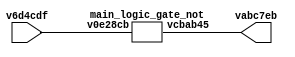
// Code generated by Icestudio 0.2.2-dev
// Sat, 05 Nov 2016 23:47:24 GMT

`default_nettype none

module main (input v6d4cdf,
             output vabc7eb);
 wire w0;
 wire w1;
 assign w0 = v6d4cdf;
 assign vabc7eb = w1;
 main_logic_gate_not vcfedf9 (
  .v0e28cb(w0),
  .vcbab45(w1)
 );
endmodule

module main_logic_gate_not (input v0e28cb,
                            output vcbab45);
 wire w0;
 wire w1;
 assign w0 = v0e28cb;
 assign vcbab45 = w1;
 main_logic_gate_not_basic_code_vd54ca1 vd54ca1 (
  .a(w0),
  .c(w1)
 );
endmodule

module main_logic_gate_not_basic_code_vd54ca1 (input a,
                                               output c);
 // NOT logic gate
 
 assign c = ~ a;
endmodule